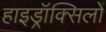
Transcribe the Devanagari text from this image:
हाइड्रॉक्सिलों